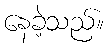
နေခဲ့သည်။